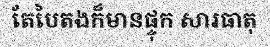
តែបៃតងក៏មានផ្ទុក សារធាតុ